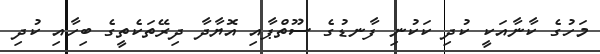
މަހުގެ ކާނާއަކީ ކުދި ކަކުނި ފާނޑުގެ ސޫތްޕާއި އޮޔާދާ ދިރޭތަކެތީގެ ބިހާއި ކުދި